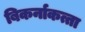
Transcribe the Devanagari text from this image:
बिकर्नाकत्ता